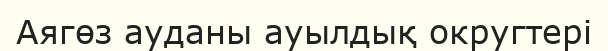
Аягөз ауданы ауылдық округтері